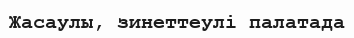
Жасаулы, зинеттеулі палатада